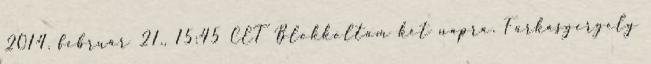
2014. február 21., 15:45 CET Blokkoltam két napra. Farkasgergely